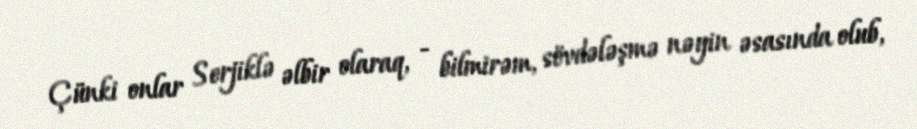
Çünki onlar Serjiklə əlbir olaraq, - bilmirəm, sövdələşmə nəyin əsasında olub,